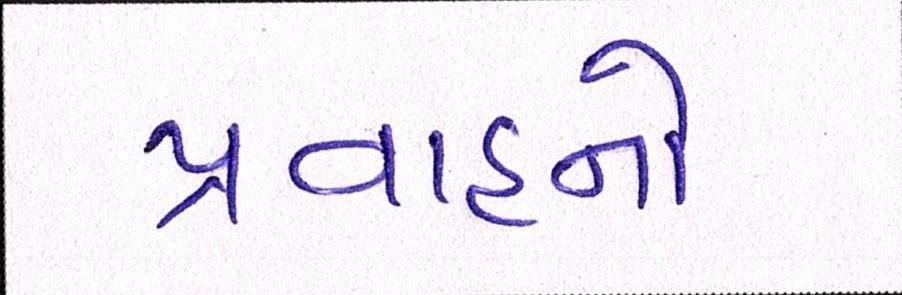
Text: પ્રવાહનો